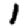
Digit: 1